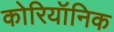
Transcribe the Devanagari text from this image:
कोरियॉनिक